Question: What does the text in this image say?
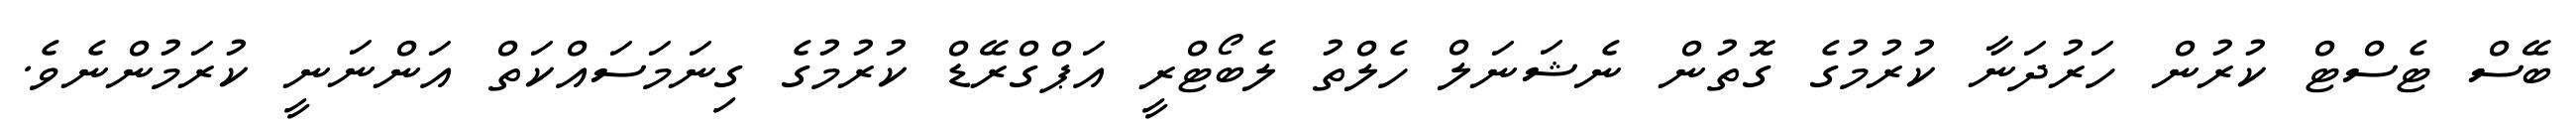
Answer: ބޭސް ޓެސްޓް ކުރުން ހަރުދަނާ ކުރުމުގެ ގޮތުން ނެޝަނަލް ހެލްތު ލެބޯޓްރީ އަޕްގްރޭޑް ކުރުމުގެ ގިނަމަސައްކަތް އަންނަނީ ކުރަމުންނެވެ.